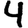
Digit: 4